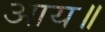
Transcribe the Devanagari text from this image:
आय॥